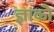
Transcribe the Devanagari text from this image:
ज्ञाको